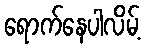
ရောက်နေပါလိမ့်